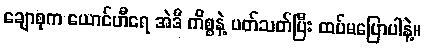
ချောစုက ယောင်ဟီရေ အဲဒီ ကိစ္စနဲ့ ပတ်သတ်ပြီး ထပ်မပြောပါနဲ့။